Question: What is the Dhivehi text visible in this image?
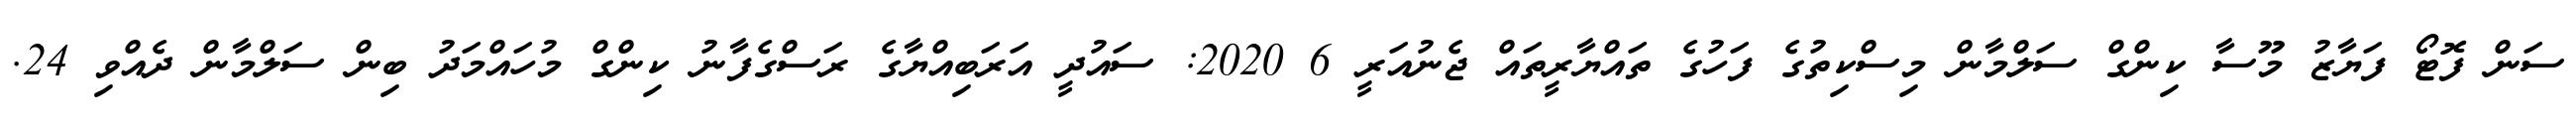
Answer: ސަން ފޮޓޯ ފަޔާޒު މޫސާ ކިންގް ސަލްމާން މިސްކިތުގެ ފަހުގެ ތައްޔާރީތައް ޖެނުއަރީ 6 2020: ސައުދީ އަރަބިއްޔާގެ ރަސްގެފާނު ކިންގް މުހައްމަދު ބިން ސަލްމާން ދެއްވި 24.